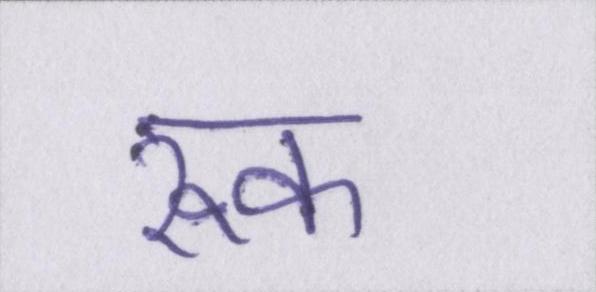
रूक